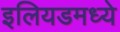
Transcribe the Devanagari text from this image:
इलियडमध्ये